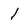
Character: 1